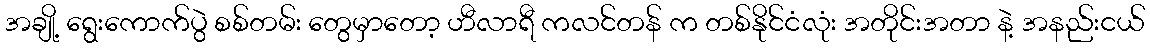
အချို့ ရွေးကောက်ပွဲ စစ်တမ်း တွေမှာတော့ ဟီလာရီ ကလင်တန် က တစ်နိုင်ငံလုံး အတိုင်းအတာ နဲ့ အနည်းငယ်